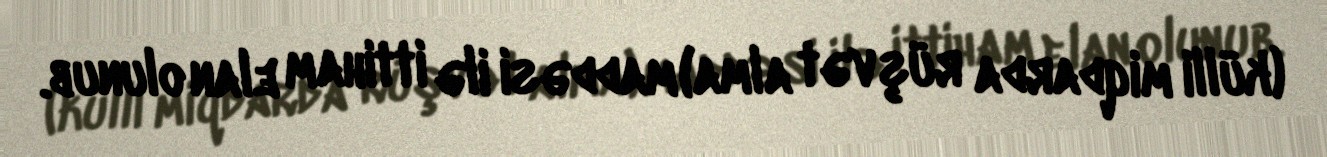
(külli miqdarda rüşvət alma) maddəsi ilə ittiham elan olunub.